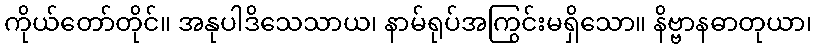
ကိုယ်တော်တိုင်။ အနုပါဒိသေသာယ၊ နာမ်ရုပ်အကြွင်းမရှိသော။ နိဗ္ဗာနဓာတုယာ၊